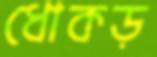
ধোকড়